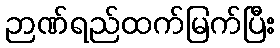
ဉာဏ်ရည်ထက်မြက်ပြီး